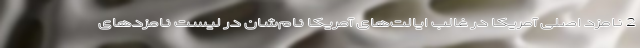
2 نامزد اصلی آمریکا در غالب ایالت‌های آمریکا نام‌شان در لیست نامزدهای